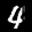
Label: 4